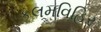
કલમવિહિર